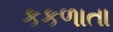
કકળાતા